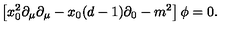
\left[ x _ { 0 } ^ { 2 } \partial _ { \mu } \partial _ { \mu } - x _ { 0 } ( d - 1 ) \partial _ { 0 } - m ^ { 2 } \right] \phi = 0 .